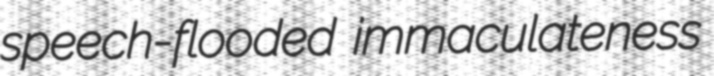
speech-flooded immaculateness